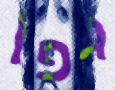
גפן